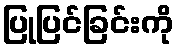
ပြုပြင်ခြင်းကို